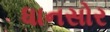
ધાનસોર